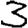
Digit: 3